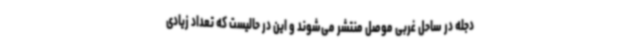
دجله در ساحل غربی موصل منتشر می‌شوند و این در حالیست که تعداد زیادی